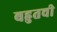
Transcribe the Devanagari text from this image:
बहुतची